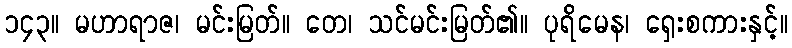
၁၄၃။ မဟာရာဇ၊ မင်းမြတ်။ တေ၊ သင်မင်းမြတ်၏။ ပုရိမေန၊ ရှေးစကားနှင့်။